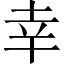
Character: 幸